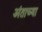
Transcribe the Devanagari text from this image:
अंताच्या